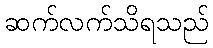
ဆက်လက်သိရသည်